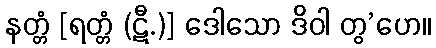
နတ္တံ [ရတ္တံ (ဋီ.)] ဒေါသော ဒိဝါ တွ’ဟေ။